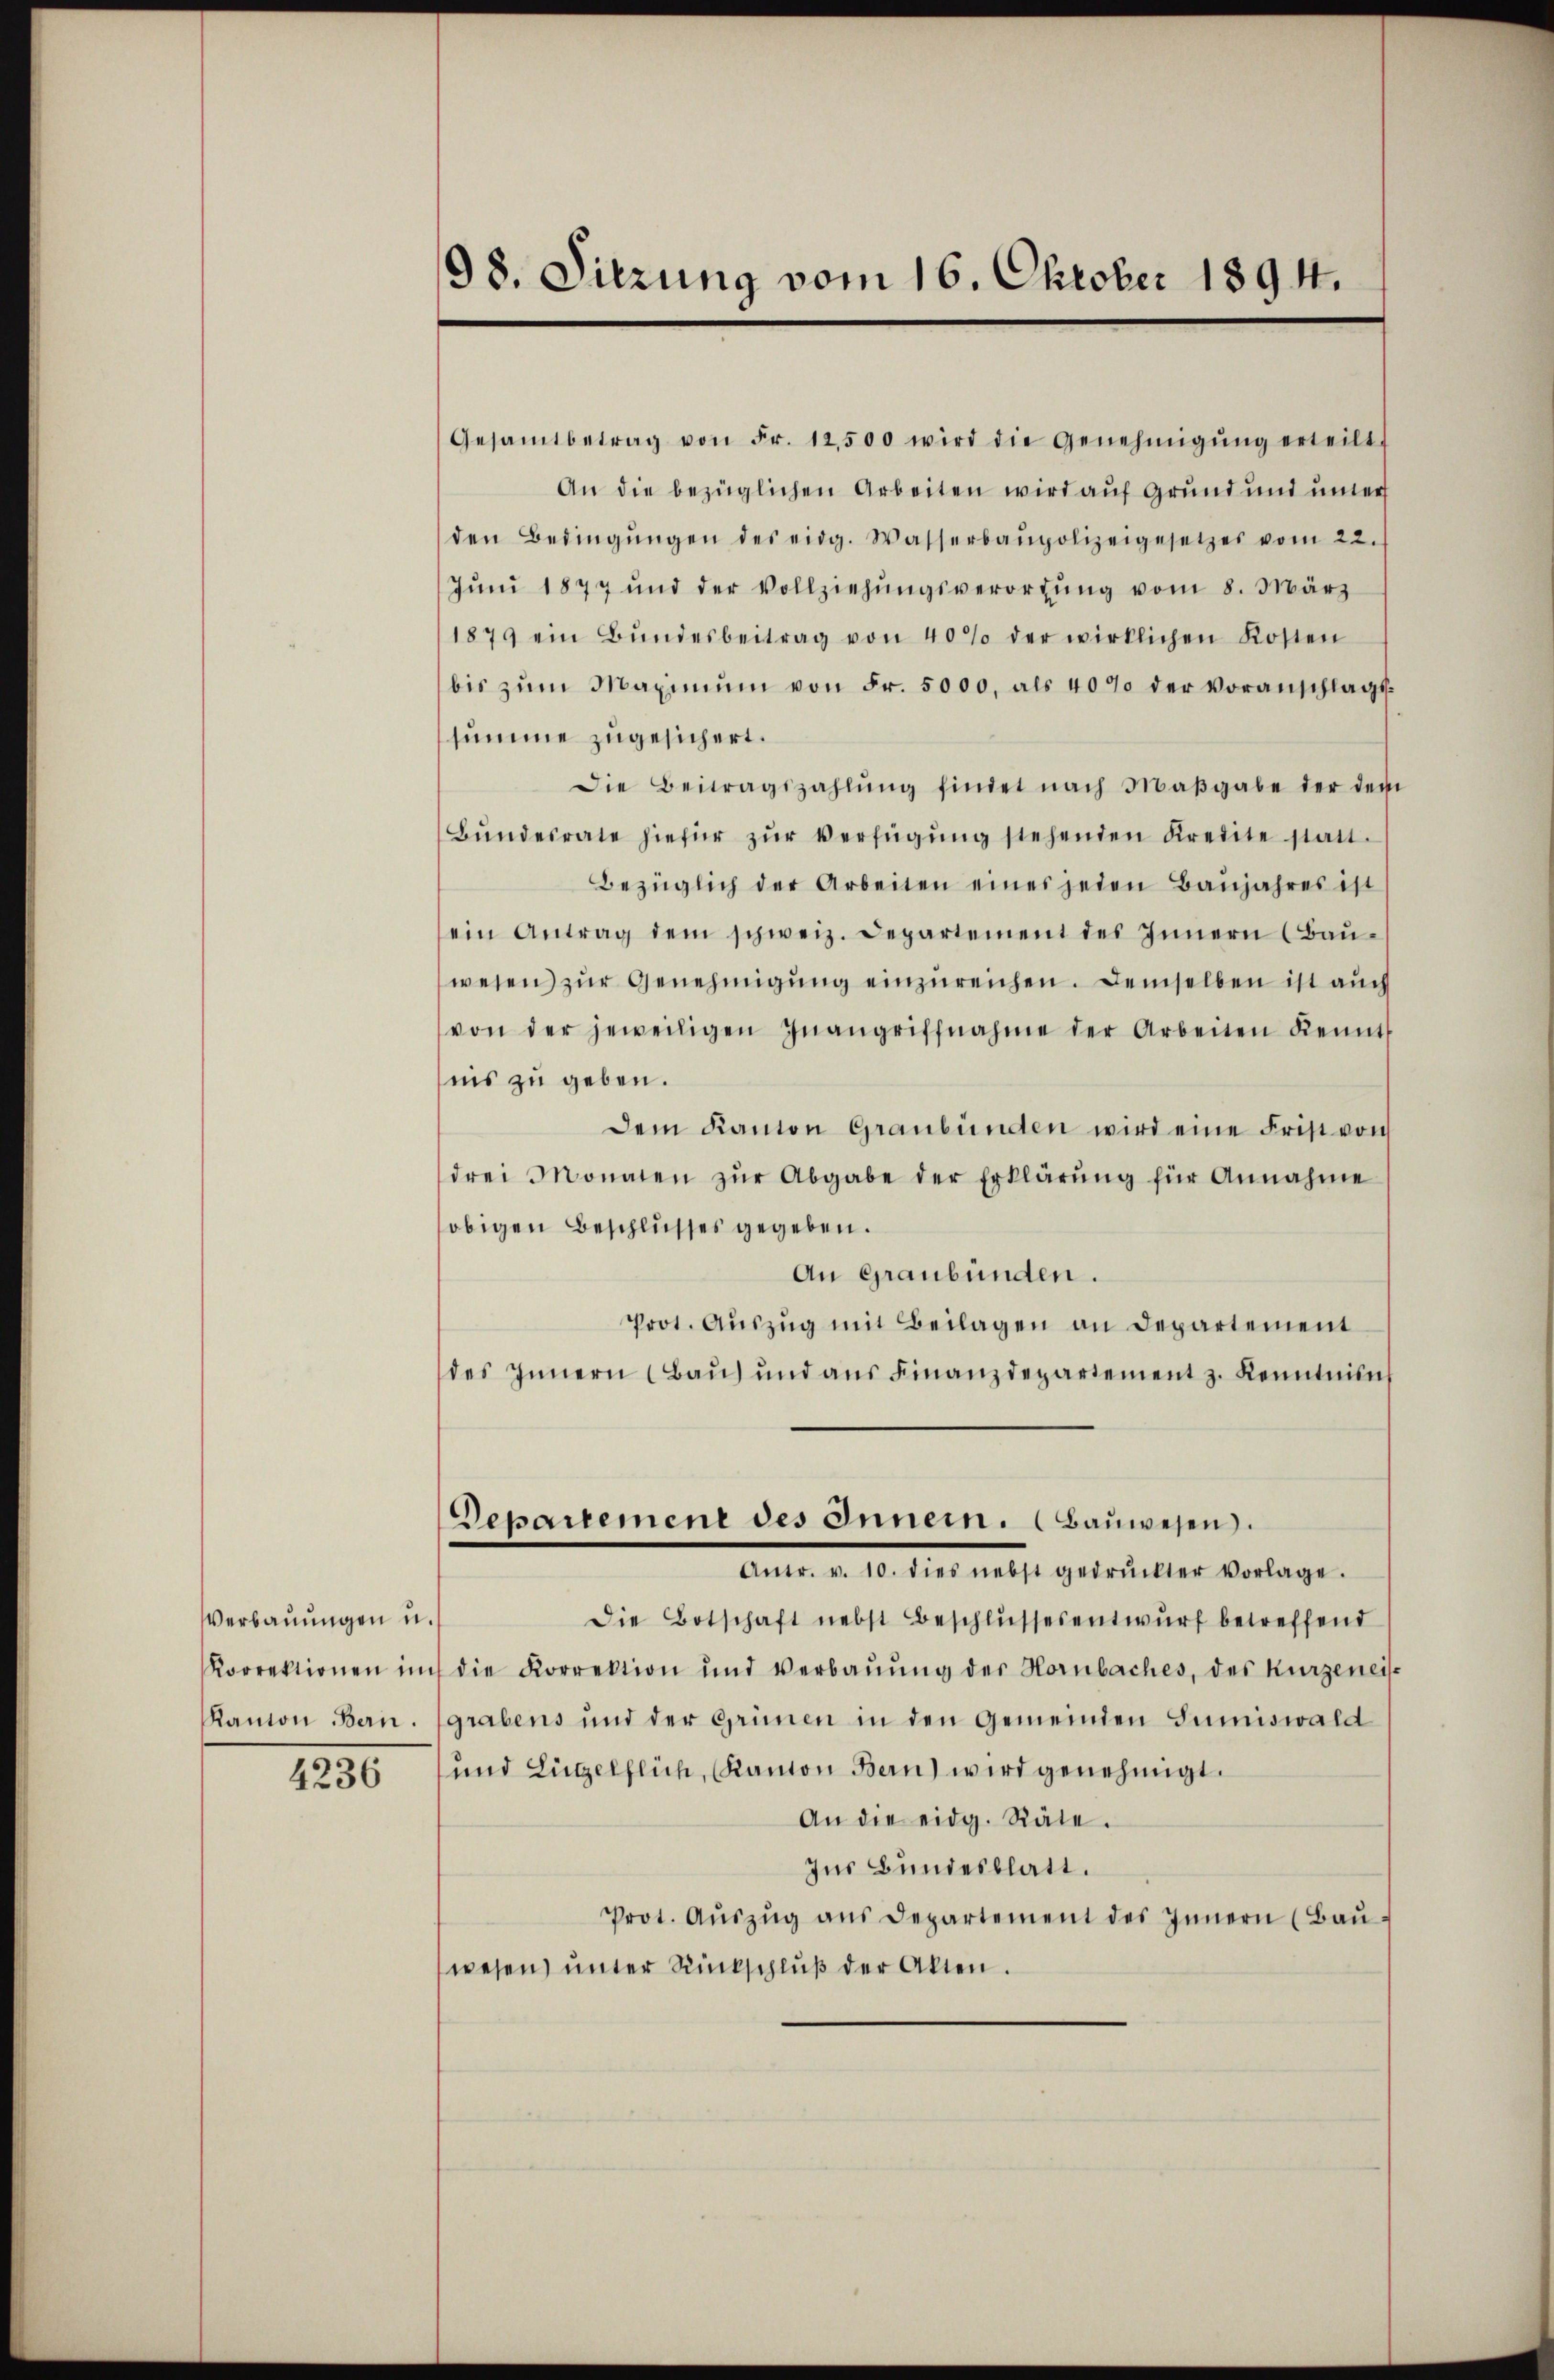
Verbauungen u
Kanton Bern.

4236

98. Sitzung vom 16. Oktober 1894.

Gesamtbetrag von Fr. 12,500 wird die Genehmigŭng erteilt
An die bezüglichen Arbeiten wird auf Grund und unters
den Bedingŭngen des eidg. Wasserbaupolizeigesetzes vom 22.
Jŭni 1877 und der Vollziehŭngsverortŭng vom 8. März
1879 ein Bŭndesbeitrag von 40% der wirklichen Kosten
bis zŭm Maximum von Fr. 5000. als 4000 der Voranschlagssumme zugesichert.
Die Beitragszahlŭng findet nach Maβgabe der der
Bŭndesrate hiefür zŭr Verfügŭng stehenden Kredite statt.
Bezüglich der Arbeiten eines jeden Baŭjahres ist
ein Antrag dem schweiz. Departement des Innern (Baŭ-
wesen zur Genehmigung einzureichen. Demselben ist auch
von der jeweiligen Inangriffnahme der Arbeiten Kennt
nis zu geben.
dem Kanton Graubünden wird eine Frist von
drei Monaten zŭr Abgabe der Erklärŭng für Annahme
obigen Beschlusses gegeben.
An Graubünden.
Prot. Aŭszŭg mit Beilagen an Departement
des Innern (Baŭ) und aŭs Finanzdepartement z. Kenntni
Departement des Innern. (Bauwesen.
Antr. v. 10. dies nebst gedruckter Vorlage.
Die Botschaft nebst Beschlŭssesentwŭrf betreffend
.
Korrektionen in die Korrektion und Verbaŭŭng der Hornbaches, des Kurzenei
grabens und der Grimen in den Gemeinden Sumiswald
und Lügelflich, Kanton Bern) wird genehmigt.
An die eidg. Räte.
Ins Bundesblatt.
Prot. Aŭszŭg ans Departement des Innern (Baŭ-
wesen ŭnter Rückschlŭβ der Akten.